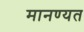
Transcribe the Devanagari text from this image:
मानण्यत